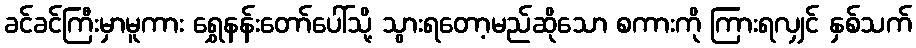
ခင်ခင်ကြီးမှာမူကား ရွှေနန်းတော်ပေါ်သို့ သွားရတော့မည်ဆိုသော စကားကို ကြားရလျှင် နှစ်သက်